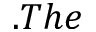
. T h e